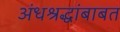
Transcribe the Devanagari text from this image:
अंधश्रद्धांबाबत